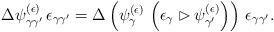
LaTeX: \begin{align*}\Delta \psi_{\gamma \gamma'}^{(\epsilon)} \, \epsilon_{\gamma \gamma'} = \Delta \left( \psi_{\gamma}^{(\epsilon)} \, \left( \epsilon_{\gamma} \rhd \psi_{\gamma'}^{(\epsilon)} \right) \right) \, \epsilon_{\gamma \gamma'}.\end{align*}